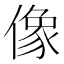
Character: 像